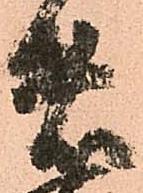
者